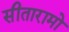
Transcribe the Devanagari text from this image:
सीतारामो